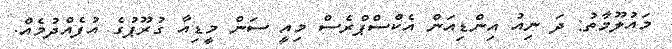
މައުލޫމާތު: ދަ ނިއު އިންޑިއަން އެކްސްޕްރެސް މިއީ ސަން މީޑިއާ ގުރޫޕުގެ އުފެއްދުމެއް.